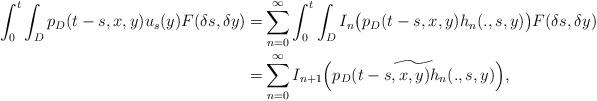
LaTeX: \begin{align*}\int_0^t\int_{D}p_D(t-s,x,y)u_s(y) F(\delta s,\delta y)=& \sum_{n=0}^\infty \int_0^t\int_{D}I_n\big(p_D(t-s,x,y)h_n(., s,y)\big) F(\delta s,\delta y)\\=& \sum_{n=0}^\infty I_{n+1}\Big(\widetilde{p_D(t-s,x,y)h_n(., s,y)}\Big),\end{align*}